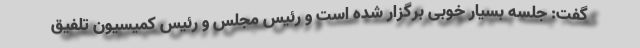
گفت: جلسه بسیار خوبی برگزار شده است و رئیس مجلس و رئیس کمیسیون تلفیق